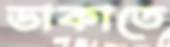
ডাকাতে